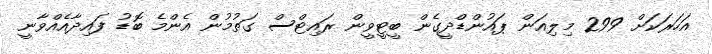
އަހަރަކަށް 299 މިލިއަން ޕައުންޑްދީގެން ބީޓީވީން ރައިޓްސް ގަތުމުން އެންމެ ބޮޑު ފައިދާއެއްވާނީ